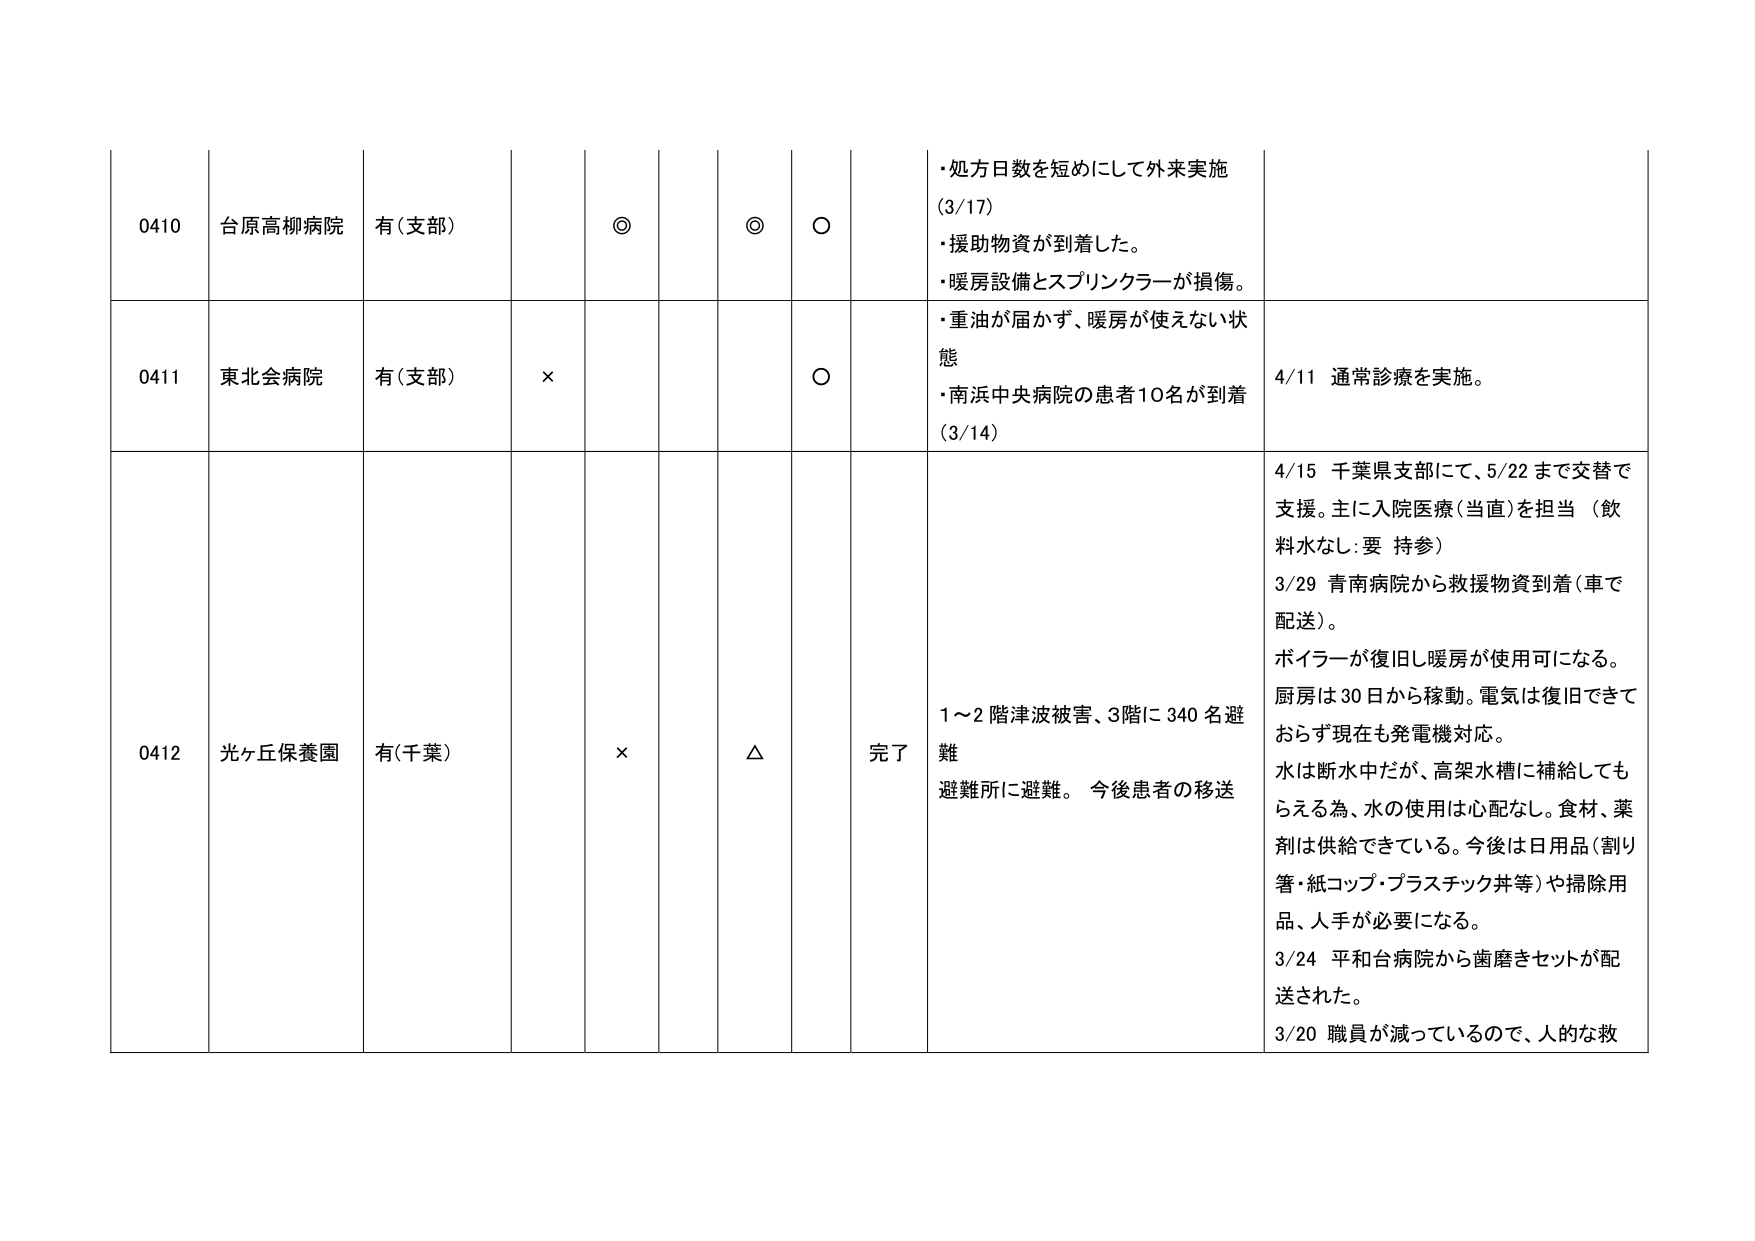
0410 台原高柳病院 有(支部) ◎ ◎ ○ ・処方日数を短めにして外来実施 (3/17) ・援助物資が到着した。 ・暖房設備とスプリンクラーが損傷。

0411 東北会病院 有(支部) × ○ ・重油が届かず、暖房が使えない状態 ・南浜中央病院の患者10名が到着 (3/14) 4/11 通常診療を実施。

0412 光ヶ丘保養園 有(千葉) × △ 完了 1～2階津波被害、3階に340名避難 避難所に避難。 今後患者の移送 4/15 千葉県支部にて、5/22まで交替で支援。主に入院医療(当直)を担当（飲料水なし・要 持参） 3/29 青南病院から救援物資到着(車で配送)。 ボイラーが復旧し暖房が使用可になる。 厨房は30日から稼動。電気は復旧できておらず現在も発電機対応。 水は断水中だが、高架水槽に補給してもらえる為、水の使用は心配なし。食材、薬剤は供給できている。今後は日用品(割り箸・紙コップ・プラスチック丼等)や掃除用品、人手が必要になる。 3/24 平和台病院から歯磨きセットが配送された。 3/20 職員が減っているので、人的な救